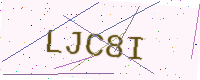
Text: LJC8I